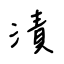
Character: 漬